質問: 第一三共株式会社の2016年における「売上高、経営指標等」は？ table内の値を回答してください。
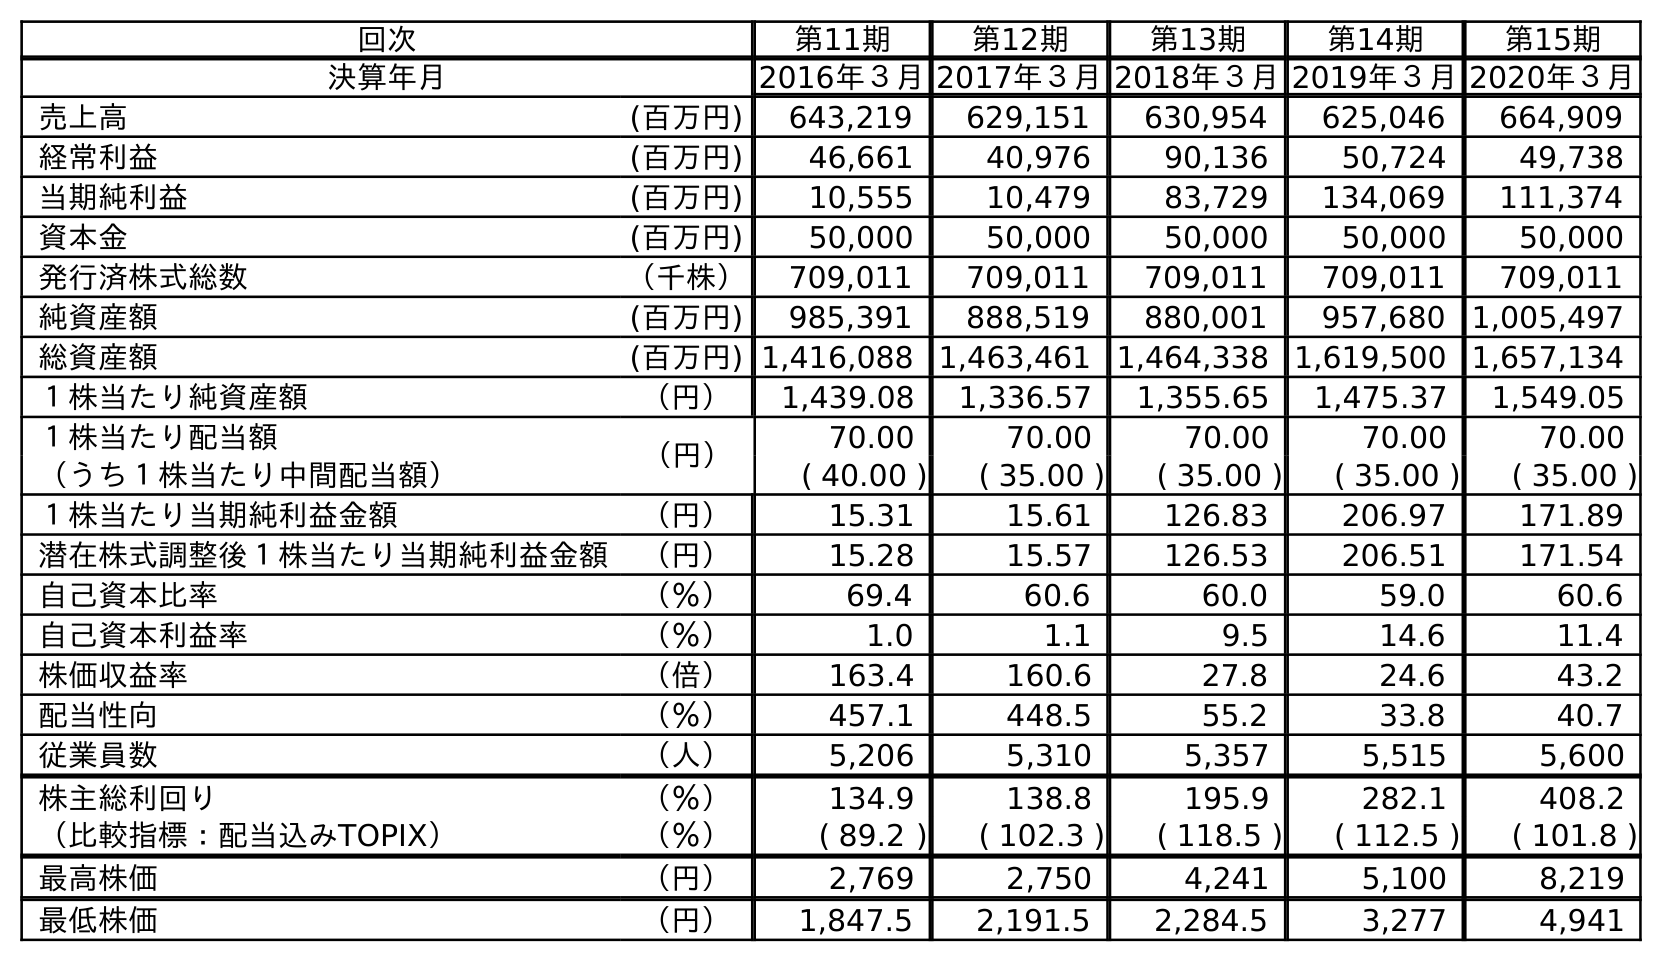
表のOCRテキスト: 回次 第11期 第12期 第13期 第14期 第15期 決算年月 2016年３月2017年３月2018年３月2019年３月2020年３月 売上高 (百万円) 643,219 629,151 630,954 625,046 664,909 経常利益 (百万円) 46,661 40,976 90,136 50,724 49,738 当期純利益 (百万円) 10,555 10,479 83,729 134,069 111,374 資本金 (百万円) 50,000 50,000 50,000 50,000 50,000 発行済株式総数 （千株） 709,011 709,011 709,011 709,011 709,011 純資産額 (百万円) 985,391 888,519 880,001 957,680 1,005,497 総資産額 (百万円) 1,416,088 1,463,461 1,464,338 1,619,500 1,657,134 １株当たり純資産額 （円） 1,439.08 1,336.57 1,355.65 1,475.37 1,549.05 １株当たり配当額 （円） 70.00 70.00 70.00 70.00 70.00 （うち１株当たり中間配当額） ( 40.00 ) ( 35.00 ) ( 35.00 ) ( 35.00 ) ( 35.00 ) １株当たり当期純利益金額 （円） 15.31 15.61 126.83 206.97 171.89 潜在株式調整後１株当たり当期純利益金額 （円） 15.28 15.57 126.53 206.51 171.54 自己資本比率 （％） 69.4 60.6 60.0 59.0 60.6 自己資本利益率 （％） 1.0 1.1 9.5 14.6 11.4 株価収益率 （倍） 163.4 160.6 27.8 24.6 43.2 配当性向 （％） 457.1 448.5 55.2 33.8 40.7 従業員数 （人） 5,206 5,310 5,357 5,515 5,600 株主総利回り （％） 134.9 138.8 195.9 282.1 408.2 （比較指標：配当込みTOPIX） （％） ( 89.2 ) ( 102.3 ) ( 118.5 ) ( 112.5 ) ( 101.8 ) 最高株価 （円） 2,769 2,750 4,241 5,100 8,219 最低株価 （円） 1,847.5 2,191.5 2,284.5 3,277 4,941
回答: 643,219